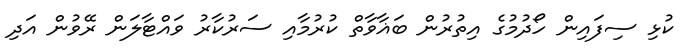
ކުޅި ސިފައިން ހޯދުމުގެ އިތުރުން ބަޣާވާތް ކުރުމާއި ސަރުކާރު ވައްޓާލަން ރޭވުން އަދި